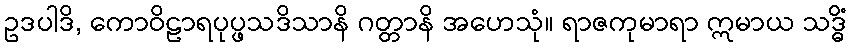
ဥဒပါဒိ, ကောဝိဠာရပုပ္ဖသဒိသာနိ ဂတ္တာနိ အဟေသုံ။ ရာဇကုမာရာ ဣမာယ သဒ္ဓိံ